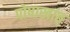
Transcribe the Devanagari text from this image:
पोषाखांत